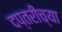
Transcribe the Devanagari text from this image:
दप्तरीच्या